18_100754_ General 1946-7_Vol_2
Agency: Department of War
Incident date: 12/30/47
Page 11
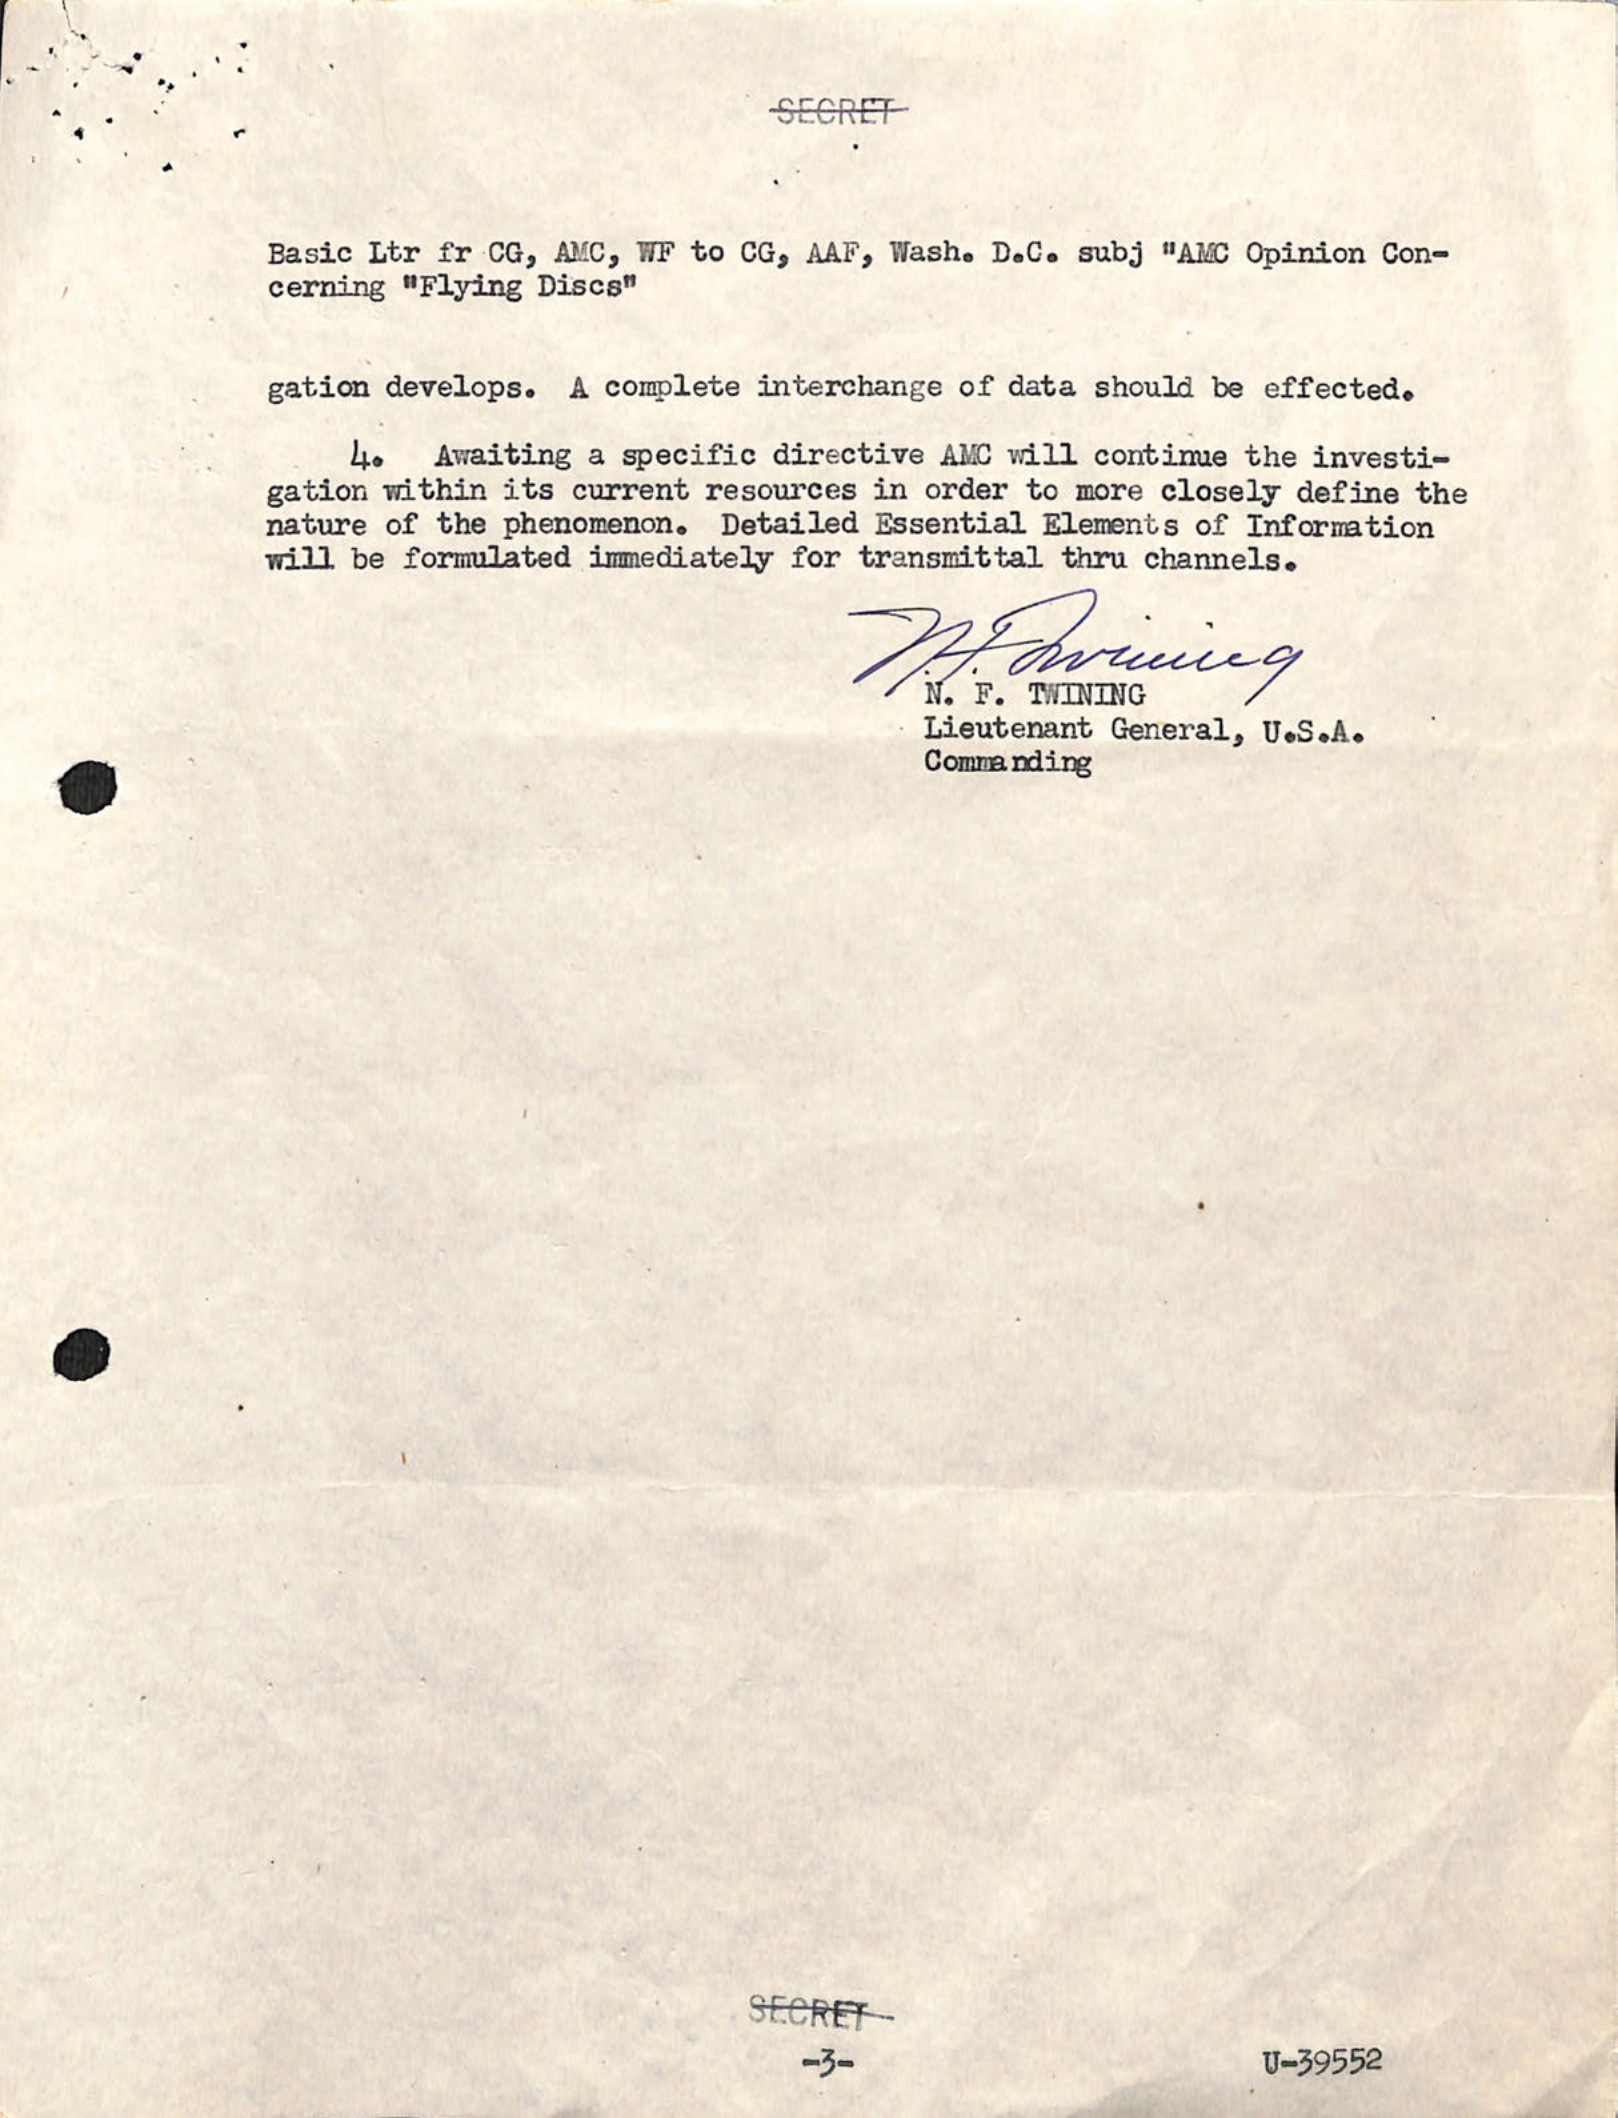